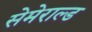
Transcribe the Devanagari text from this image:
सेमेराल्ड